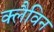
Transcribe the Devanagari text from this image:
क्लैविन